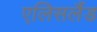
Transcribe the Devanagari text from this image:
एलिसलैंड